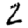
Digit: 2